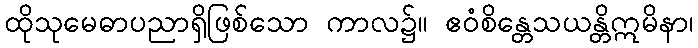
ထိုသုမေဓာပညာရှိဖြစ်သော ကာလ၌။ ဧဝံစိန္တေသယန္တိဣမိနာ၊